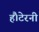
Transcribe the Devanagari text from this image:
हैं।टेरनी